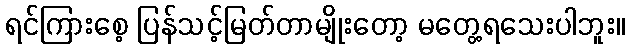
ရင်ကြားစေ့ ပြန်သင့်မြတ်တာမျိုးတော့ မတွေ့ရသေးပါဘူး။